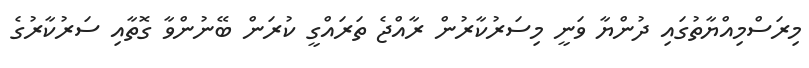
މިރަސްމިއްޔާތުގައި ދުންޔާ ވަނީ މިސަރުކާރުން ރާއްޖެ ތަރައްގީ ކުރަން ބޭނުންވާ ގޮތާއި ސަރުކާރުގެ